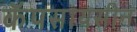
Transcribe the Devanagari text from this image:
कॅपसायसीन